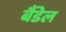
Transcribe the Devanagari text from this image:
बैंडेल